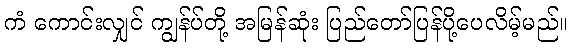
ကံ ကောင်းလျှင် ကျွန်ပ်တို့ အမြန်ဆုံး ပြည်တော်ပြန်ပို့ပေလိမ့်မည်။